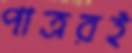
পাত্ররই